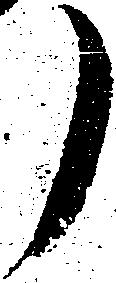
ノ